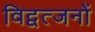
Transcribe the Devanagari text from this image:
विद्वत्जनों